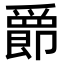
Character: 𫨀